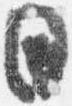
日